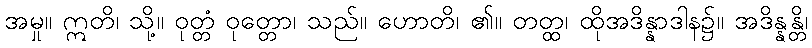
အမှု။ ဣတိ၊ သို့။ ဝုတ္တံ ဝုတ္တော၊ သည်။ ဟောတိ၊ ၏။ တတ္ထ၊ ထိုအဒိန္နာဒါန၌။ အဒိန္နန္တိ၊